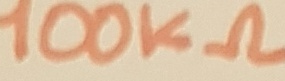
Text: 100KΩ